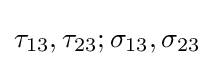
{\tau _{13}},{\tau _{23}};{\sigma _{13}},{\sigma _{23}}